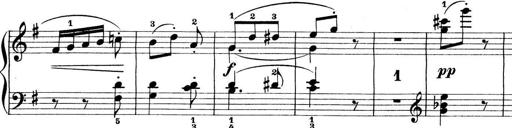
Title: Preis-Sonatine
Composer: Ernst James Bremner